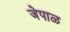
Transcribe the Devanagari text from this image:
जेपाळ